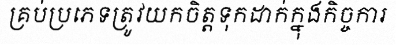
គ្រប់ប្រភេទត្រូវយកចិត្តទុកដាក់ក្នុងកិច្ចការ